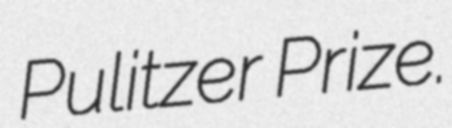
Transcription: Pulitzer Prize.